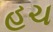
હચ